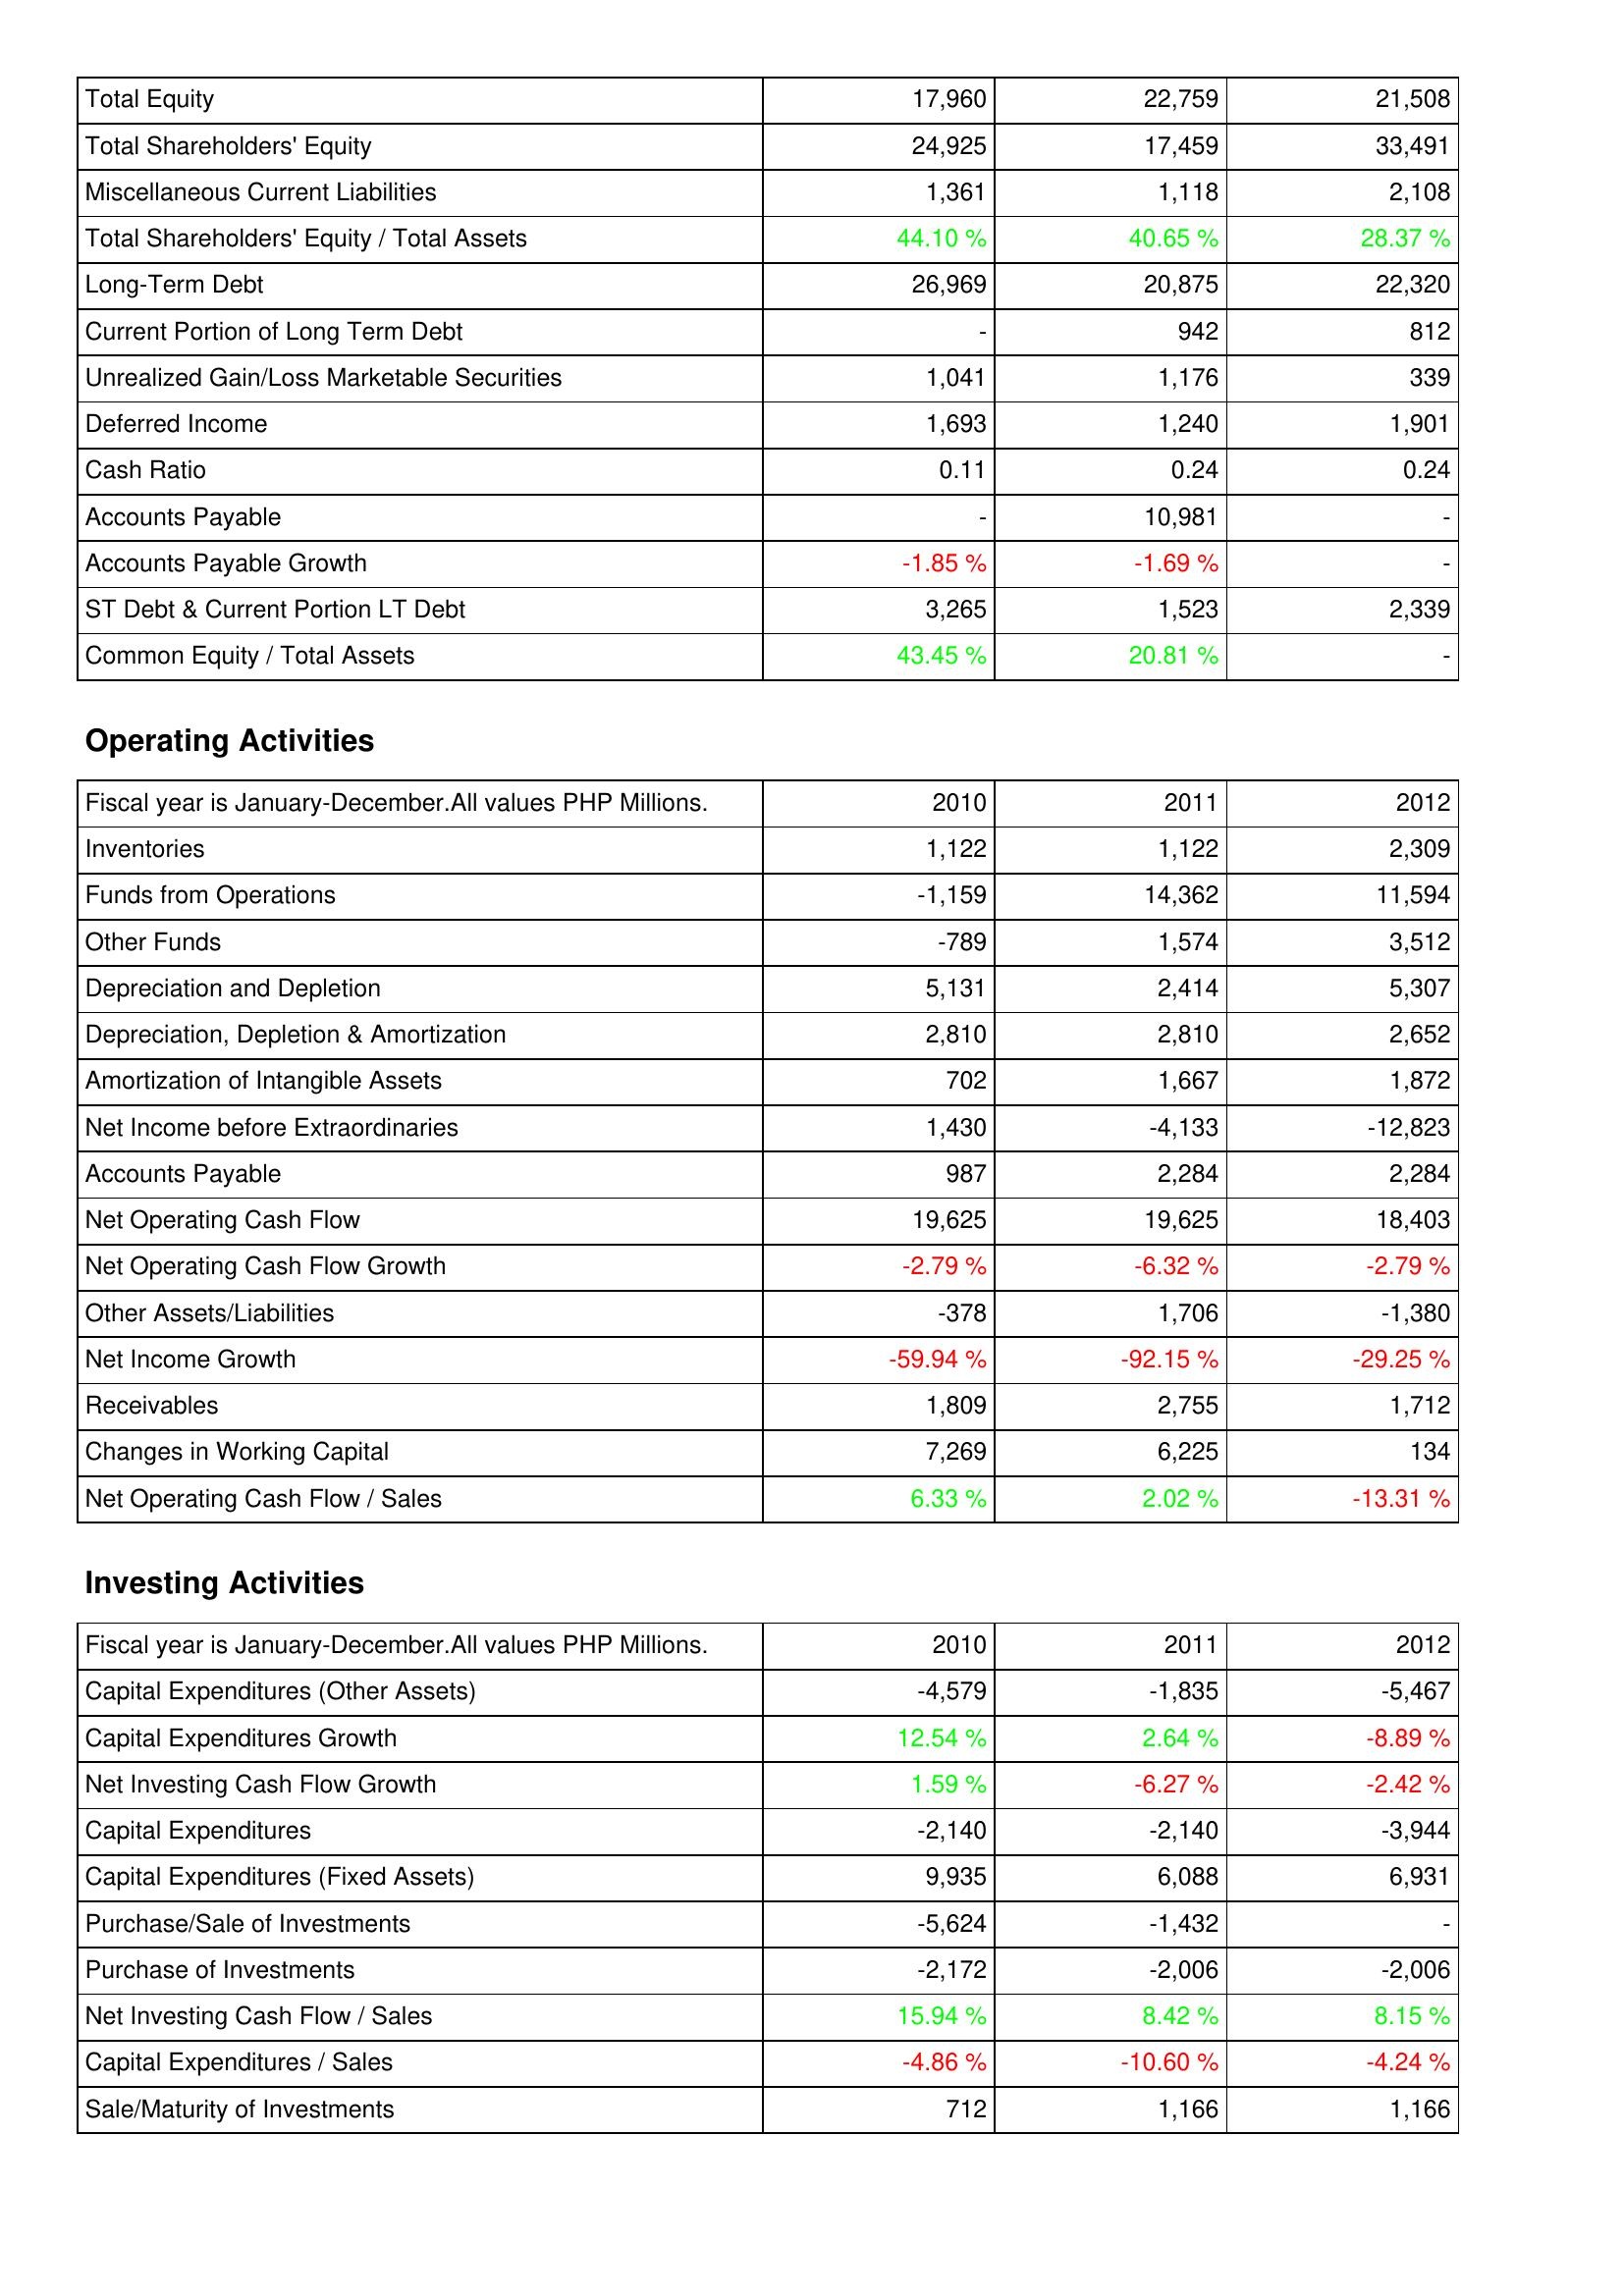
2010: Liabilities & Shareholders' Equity: Total Equity: 17,960
Total Shareholders' Equity: 24,925
Miscellaneous Current Liabilities: 1,361
Total Shareholders' Equity / Total Assets: 44.10 %
Long-Term Debt: 26,969
Current Portion of Long Term Debt: -
Unrealized Gain/Loss Marketable Securities: 1,041
Deferred Income: 1,693
Cash Ratio: 0.11
Accounts Payable: -
Accounts Payable Growth: -1.85 %
ST Debt & Current Portion LT Debt: 3,265
Common Equity / Total Assets: 43.45 %
Operating Activities: Inventories: 1,122
Funds from Operations: -1,159
Other Funds: -789
Depreciation and Depletion: 5,131
Depreciation, Depletion & Amortization: 2,810
Amortization of Intangible Assets: 702
Net Income before Extraordinaries: 1,430
Accounts Payable: 987
Net Operating Cash Flow: 19,625
Net Operating Cash Flow Growth: -2.79 %
Other Assets/Liabilities: -378
Net Income Growth: -59.94 %
Receivables: 1,809
Changes in Working Capital: 7,269
Net Operating Cash Flow / Sales: 6.33 %
Investing Activities: Capital Expenditures (Other Assets): -4,579
Capital Expenditures Growth: 12.54 %
Net Investing Cash Flow Growth: 1.59 %
Capital Expenditures: -2,140
Capital Expenditures (Fixed Assets): 9,935
Purchase/Sale of Investments: -5,624
Purchase of Investments: -2,172
Net Investing Cash Flow / Sales: 15.94 %
Capital Expenditures / Sales: -4.86 %
Sale/Maturity of Investments: 712
2011: Liabilities & Shareholders' Equity: Total Equity: 22,759
Total Shareholders' Equity: 17,459
Miscellaneous Current Liabilities: 1,118
Total Shareholders' Equity / Total Assets: 40.65 %
Long-Term Debt: 20,875
Current Portion of Long Term Debt: 942
Unrealized Gain/Loss Marketable Securities: 1,176
Deferred Income: 1,240
Cash Ratio: 0.24
Accounts Payable: 10,981
Accounts Payable Growth: -1.69 %
ST Debt & Current Portion LT Debt: 1,523
Common Equity / Total Assets: 20.81 %
Operating Activities: Inventories: 1,122
Funds from Operations: 14,362
Other Funds: 1,574
Depreciation and Depletion: 2,414
Depreciation, Depletion & Amortization: 2,810
Amortization of Intangible Assets: 1,667
Net Income before Extraordinaries: -4,133
Accounts Payable: 2,284
Net Operating Cash Flow: 19,625
Net Operating Cash Flow Growth: -6.32 %
Other Assets/Liabilities: 1,706
Net Income Growth: -92.15 %
Receivables: 2,755
Changes in Working Capital: 6,225
Net Operating Cash Flow / Sales: 2.02 %
Investing Activities: Capital Expenditures (Other Assets): -1,835
Capital Expenditures Growth: 2.64 %
Net Investing Cash Flow Growth: -6.27 %
Capital Expenditures: -2,140
Capital Expenditures (Fixed Assets): 6,088
Purchase/Sale of Investments: -1,432
Purchase of Investments: -2,006
Net Investing Cash Flow / Sales: 8.42 %
Capital Expenditures / Sales: -10.60 %
Sale/Maturity of Investments: 1,166
2012: Liabilities & Shareholders' Equity: Total Equity: 21,508
Total Shareholders' Equity: 33,491
Miscellaneous Current Liabilities: 2,108
Total Shareholders' Equity / Total Assets: 28.37 %
Long-Term Debt: 22,320
Current Portion of Long Term Debt: 812
Unrealized Gain/Loss Marketable Securities: 339
Deferred Income: 1,901
Cash Ratio: 0.24
Accounts Payable: -
Accounts Payable Growth: -
ST Debt & Current Portion LT Debt: 2,339
Common Equity / Total Assets: -
Operating Activities: Inventories: 2,309
Funds from Operations: 11,594
Other Funds: 3,512
Depreciation and Depletion: 5,307
Depreciation, Depletion & Amortization: 2,652
Amortization of Intangible Assets: 1,872
Net Income before Extraordinaries: -12,823
Accounts Payable: 2,284
Net Operating Cash Flow: 18,403
Net Operating Cash Flow Growth: -2.79 %
Other Assets/Liabilities: -1,380
Net Income Growth: -29.25 %
Receivables: 1,712
Changes in Working Capital: 134
Net Operating Cash Flow / Sales: -13.31 %
Investing Activities: Capital Expenditures (Other Assets): -5,467
Capital Expenditures Growth: -8.89 %
Net Investing Cash Flow Growth: -2.42 %
Capital Expenditures: -3,944
Capital Expenditures (Fixed Assets): 6,931
Purchase/Sale of Investments: -
Purchase of Investments: -2,006
Net Investing Cash Flow / Sales: 8.15 %
Capital Expenditures / Sales: -4.24 %
Sale/Maturity of Investments: 1,166